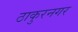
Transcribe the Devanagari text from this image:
ठाकुरनगर